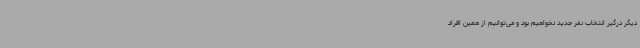
دیگر درگیر انتخاب نفر جدید نخواهیم بود و می‌توانیم از همین افراد